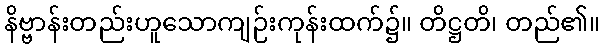
နိဗ္ဗာန်းတည်းဟူသောကျဉ်းကုန်းထက်၌။ တိဋ္ဌတိ၊ တည်၏။